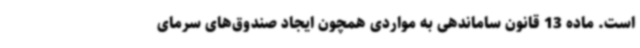
است. ماده 13 قانون ساماندهی به مواردی همچون ایجاد صندوق‌های سرمای